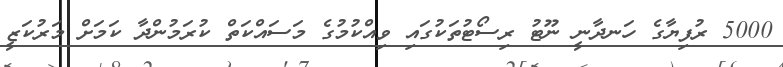
5000 ރުފިޔާގެ ހަނދާނީ ނޫޓު ރިސޯޓުތަކުގައި ވިއްކުމުގެ މަސައްކަތް ކުރަމުންދާ ކަމަށް މަރުކަޒީ